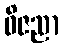
ဝိဇညာ